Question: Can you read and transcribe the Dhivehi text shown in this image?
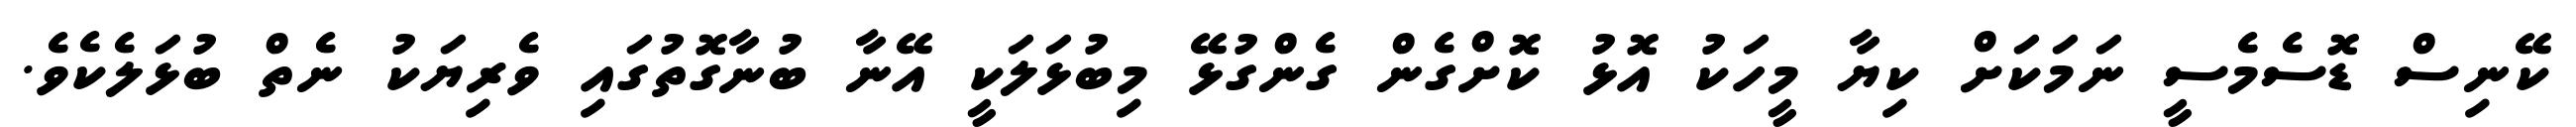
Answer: ކޭނިސް ޑޮސެމެސީ ނަމަކަށް ކިޔާ މީހަކު އޮޅު ކޮށްގެން ގެންގުޅޭ މިބުޅަލަކީ އޭނާ ބުނާގޮތުގައި ވެރިޔަކު ނެތް ބުޅަލެކެވެ.